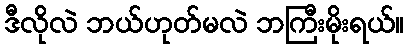
ဒီလိုလဲ ဘယ်ဟုတ်မလဲ ဘကြီးမိုးရယ်။